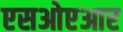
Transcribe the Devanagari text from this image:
एसओएआर